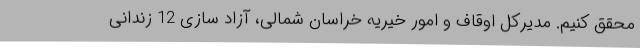
محقق کنیم. مدیرکل اوقاف و امور خیریه خراسان شمالی، آزاد سازی 12 زندانی